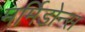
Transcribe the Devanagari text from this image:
मर्मिडोन्स